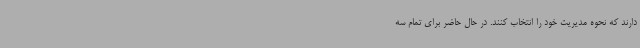
دارند که نحوه مدیریت خود را انتخاب کنند. در حال حاضر برای تمام سه